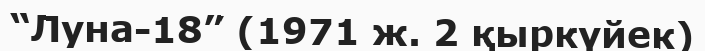
“Луна-18” (1971 ж. 2 қыркүйек)